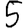
Digit: 5